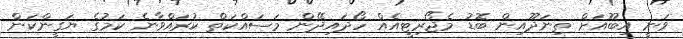
ވަނީ އިބޫއަށް ތިނަދޫއިން ބޮޑު މެޖޯރިޓީއެއް ހޯދައިދޭން މަސައްކަތް ކުރައްވާނެ ކަމުގެ ޔަގީންކަން